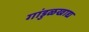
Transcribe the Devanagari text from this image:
गांडुळखाद्य